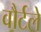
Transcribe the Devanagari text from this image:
वौर्टले